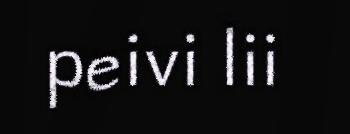
peivi lii